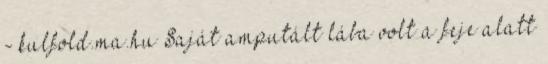
- kulfold.ma.hu Saját amputált lába volt a feje alatt